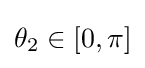
\theta _{2}\in [0,\pi ]